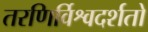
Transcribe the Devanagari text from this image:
तरणिर्विश्वदर्शतो